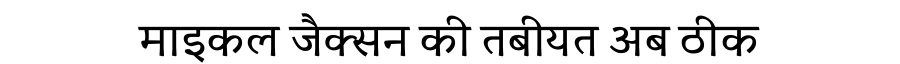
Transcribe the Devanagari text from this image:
माइकल जैक्सन की तबीयत अब ठीक